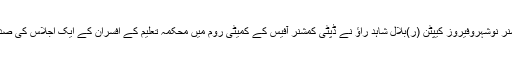
ڈپٹی کمشنر نوشہروفیروز کیپٹن (ر)بلال شاہد راؤ نے ڈپٹی کمشنر آفیس کے کمیٹی روم میں محکمہ تعلیم کے افسران کے ایک اجلاس کی صدارت کی۔